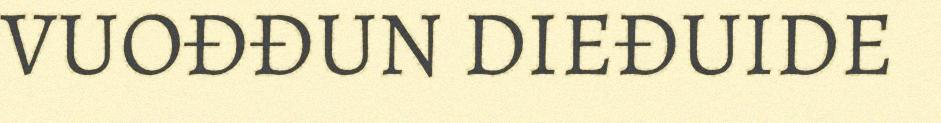
VUOĐĐUN DIEĐUIDE